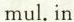
mul.in